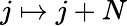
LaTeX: j\mapsto j+N